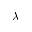
\lambda